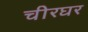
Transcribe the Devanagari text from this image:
चीरघर